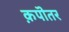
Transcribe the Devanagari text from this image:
क़पॊतर